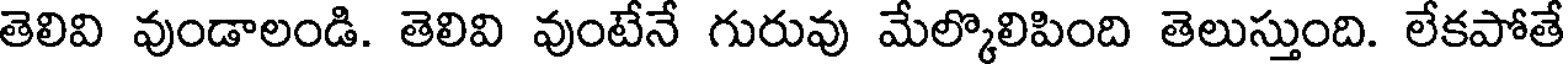
తెలివి వుండాలండి. తెలివి వుంటేనే గురువు మేల్కొలిపింది తెలుస్తుంది. లేకపోతే